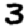
Digit: 3